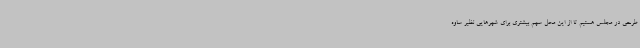
طرحی در مجلس هستیم تا از این محل سهم بیشتری برای شهرهایی نظیر ساوه